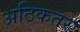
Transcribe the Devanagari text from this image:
अठिकतर